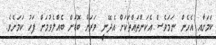
ކަމަށާއި އެހެން ނަމަވެސް އެކަންތައްތަކަށް އެދޭނީ ވަރަށް ބޮޑަށް ބެއްލެވުމަށް ފަހު ކަމަށެވެ.